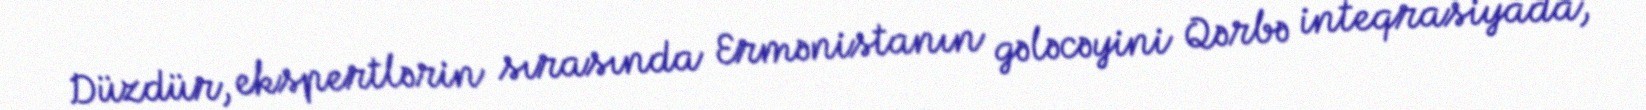
Düzdür, ekspertlərin sırasında Ermənistanın gələcəyini Qərbə inteqrasiyada,